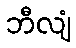
ဘီလျံ